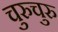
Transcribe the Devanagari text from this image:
चुरुचुरु